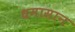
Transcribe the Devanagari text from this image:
धमासान